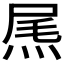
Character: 𤉂